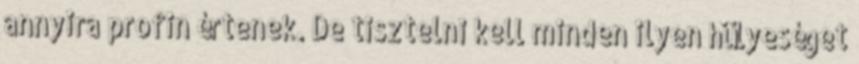
annyira profin értenek. De tisztelni kell minden ilyen hülyeséget